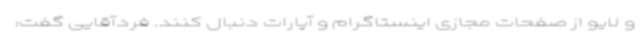
و لایو از صفحات مجازی اینستاگرام و آپارات دنبال کنند. فردآقایی گفت: